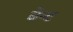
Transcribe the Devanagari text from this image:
वेन्ट